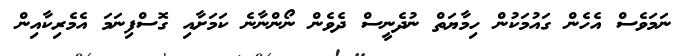
ނަމަވެސް އެހެން ގައުމަކުން ހިމާޔަތް ނުދެނީސް ދެވެން ނޯންނާނެ ކަމަށާއި ގޮސްފިނަމަ އެމެރިކާއިން